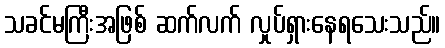
သခင်မကြီးအဖြစ် ဆက်လက် လှုပ်ရှားနေရသေးသည်။